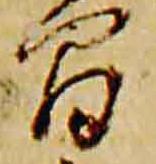
間